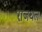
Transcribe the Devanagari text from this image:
राजथल